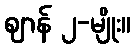
ဈာန် ၂-မျိုး။